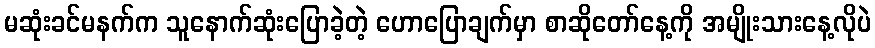
မဆုံးခင်မနက်က သူနောက်ဆုံးပြောခဲ့တဲ့ ဟောပြောချက်မှာ စာဆိုတော်နေ့ကို အမျိုးသားနေ့လိုပဲ